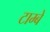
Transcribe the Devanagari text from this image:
टाम्बे